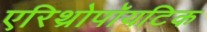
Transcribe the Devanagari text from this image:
एरिथ्रोपॉयटिक